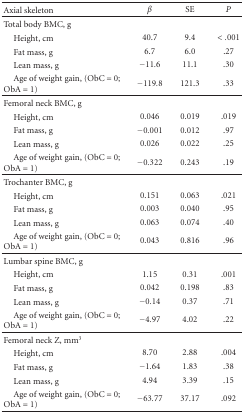
| Axial skeleton | β | SE | P |
 | --- | --- | --- | --- |
 | Total body BMC, g |  |  |  |
 | Height, cm | 40.7 | 9.4 | <.001 |
 | Fat mass, g | 6.7 | 6.0 | .27 |
 | Lean mass, g | −11.6 | 11.1 | .30 |
 | Age of weight gain, (ObC = 0; ObA = 1) | −119.8 | 121.3 | .33 |
 | Femoral neck BMC, g |  |  |  |
 | Height, cm | 0.046 | 0.019 | .019 |
 | Fat mass, g | −0.001 | 0.012 | .97 |
 | Lean mass, g | 0.026 | 0.022 | .25 |
 | Age of weight gain, (ObC = 0; ObA = 1) | −0.322 | 0.243 | .19 |
 | Trochanter BMC, g |  |  |  |
 | Height, cm | 0.151 | 0.063 | .021 |
 | Fat mass, g | 0.003 | 0.040 | .95 |
 | Lean mass, g | 0.063 | 0.074 | .40 |
 | Age of weight gain, (ObC = 0; ObA = 1) | 0.043 | 0.816 | .96 |
 | Lumbar spine BMC, g |  |  |  |
 | Height, cm | 1.15 | 0.31 | .001 |
 | Fat mass, g | 0.042 | 0.198 | .83 |
 | Lean mass, g | −0.14 | 0.37 | .71 |
 | Age of weight gain, (ObC = 0; ObA = 1) | −4.97 | 4.02 | .22 |
 | Femoral neck Z, mm3 |  |  |  |
 | Height, cm | 8.70 | 2.88 | .004 |
 | Fat mass, g | −1.64 | 1.83 | .38 |
 | Lean mass, g | 4.94 | 3.39 | .15 |
 | Age of weight gain, (ObC = 0; ObA = 1) | −63.77 | 37.17 | .092 |